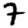
Digit: 7